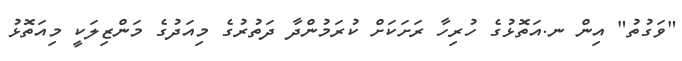
"ވަގުތު" އިން ނ.އަތޮޅުގެ ހުރިހާ ރަށަކަށް ކުރަމުންދާ ދަތުރުގެ މިއަދުގެ މަންޒިލަކީ މިއަތޮޅު